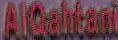
AlQahtani